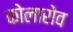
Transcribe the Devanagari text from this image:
कोलारोव